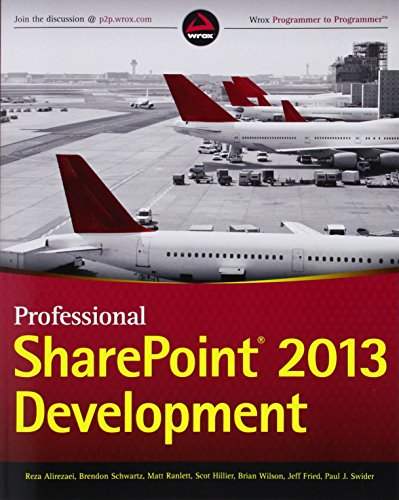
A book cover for Professional SharePoint 2013 Development; Reza Alirezaei; Computers & Technology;